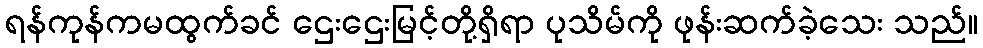
ရန်ကုန်ကမထွက်ခင် ဌေးဌေးမြင့်တို့ရှိရာ ပုသိမ်ကို ဖုန်းဆက်ခဲ့သေး သည်။